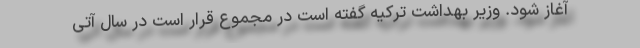
آغاز شود. وزیر بهداشت ترکیه گفته است در مجموع قرار است در سال آتی